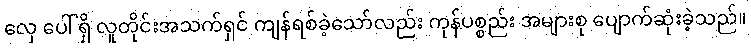
လှေ ပေါ် ရှိ လူတိုင်းအသက်ရှင် ကျန်ရစ်ခဲ့သော်လည်း ကုန်ပစ္စည်း အများစု ပျောက်ဆုံးခဲ့သည်။